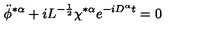
\ddot { \phi } ^ { * \alpha } + i L ^ { - \frac { 1 } { 2 } } \chi ^ { * \alpha } e ^ { - i D ^ { \alpha } t } = 0